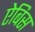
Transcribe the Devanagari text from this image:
ऐबिस